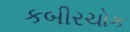
કબીરચોક